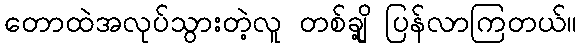
တောထဲအလုပ်သွားတဲ့လူ တစ်ချို့ ပြန်လာကြတယ်။